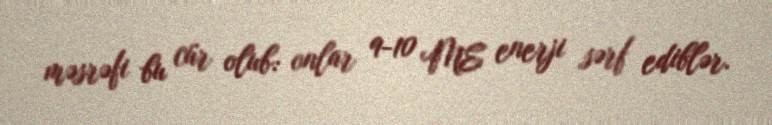
məsrəfi bu cür olub: onlar 9-10 ME enerji sərf ediblər.